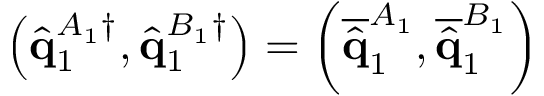
\left( \hat { \mathbf { q } } _ { 1 } ^ { A _ { 1 } \dagger } , \hat { \mathbf { q } } _ { 1 } ^ { B _ { 1 } \dagger } \right) = \left( \overline { { \hat { \mathbf { q } } } } _ { 1 } ^ { A _ { 1 } } , \overline { { \hat { \mathbf { q } } } } _ { 1 } ^ { B _ { 1 } } \right)